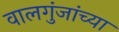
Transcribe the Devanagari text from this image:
वालगुंजांच्या